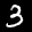
Label: 3